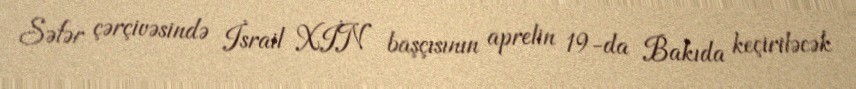
Səfər çərçivəsində İsrail XİN başçısının aprelin 19-da Bakıda keçiriləcək